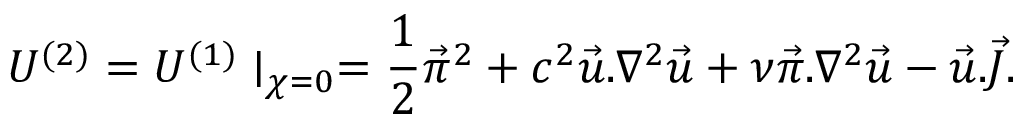
U ^ { ( 2 ) } = U ^ { ( 1 ) } \mid _ { \chi = 0 } = { \frac { 1 } { 2 } } \vec { \pi } ^ { 2 } + c ^ { 2 } \vec { u } . \nabla ^ { 2 } \vec { u } + \nu \vec { \pi } . \nabla ^ { 2 } \vec { u } - \vec { u } . \vec { J } .